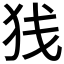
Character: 𫞣